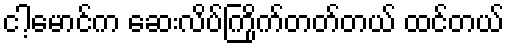
ငါ့မောင်က ဆေးလိပ်ကြိုက်တတ်တယ် ထင်တယ်